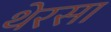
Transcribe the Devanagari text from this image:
थेरसा